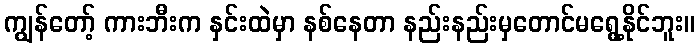
ကျွန်တော့် ကားဘီးက နှင်းထဲမှာ နစ်နေတာ နည်းနည်းမှတောင်မရွေ့နိုင်ဘူး။